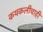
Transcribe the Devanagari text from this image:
कथकलीचाही